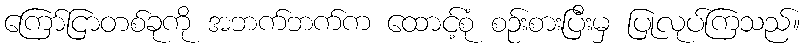
ကြော်ငြာတစ်ခုကို အဘက်ဘက်က ထောင့်စုံ စဉ်းစားပြီးမှ ပြုလုပ်ကြသည်။